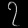
Digit: ၇